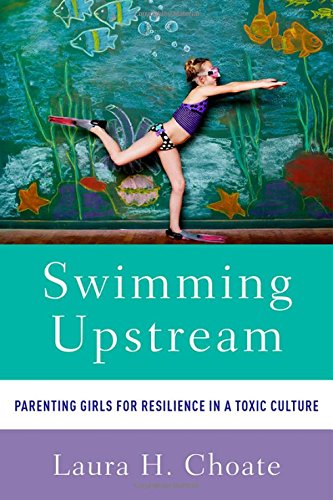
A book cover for Swimming Upstream: Parenting Girls for Resilience in a Toxic Culture; Laura Choate; Parenting & Relationships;